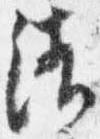
清